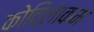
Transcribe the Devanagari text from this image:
कोविलाकम